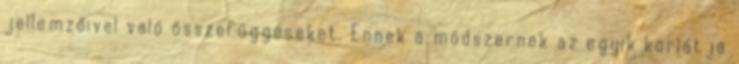
jellemzőivel való összefüggéseket. Ennek a módszernek az egyik korlátja